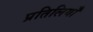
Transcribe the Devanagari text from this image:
प्रतिलियाँ